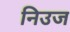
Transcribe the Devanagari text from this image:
निउज